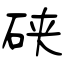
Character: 硖